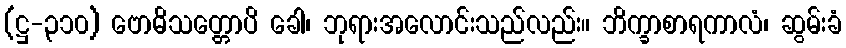
(ဋ္ဌ-၃၁၀) ဗောဓိသတ္တောပိ ခေါ၊ ဘုရားအလောင်းသည်လည်း။ ဘိက္ခာစာရကာလံ၊ ဆွမ်းခံ